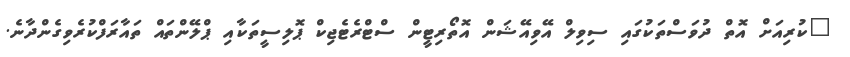
"ކުރިއަށް އޮތް ދުވަސްތަކުގައި ސިވިލް އޭވިއޭޝަން އޮތޯރިޓީން ސްޓްރެޓެޖިކް ޕޮލިސީތަކާއި ޕްލޭންތައް ތައާރަފްކުރެވިގެންދާނެ.